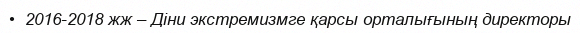
•  2016-2018 жж – Діни экстремизмге қарсы орталығының директоры